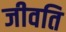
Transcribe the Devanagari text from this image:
जीवति